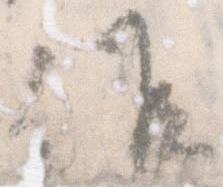
候